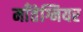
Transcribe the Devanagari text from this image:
माँतेग्नियर